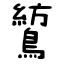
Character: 鶭